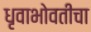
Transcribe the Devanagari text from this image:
धृवाभोवतीचा